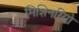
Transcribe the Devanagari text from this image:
मिशिनरियो